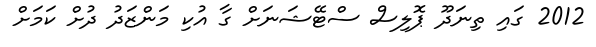
2012 ގައި ތިނަދޫ ޕޮލިސް ސްޓޭޝަނަށް ގާ އުކި މަންޒަދު ދުށް ކަމަށް